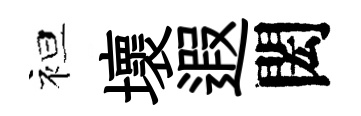
袒壞遐閎